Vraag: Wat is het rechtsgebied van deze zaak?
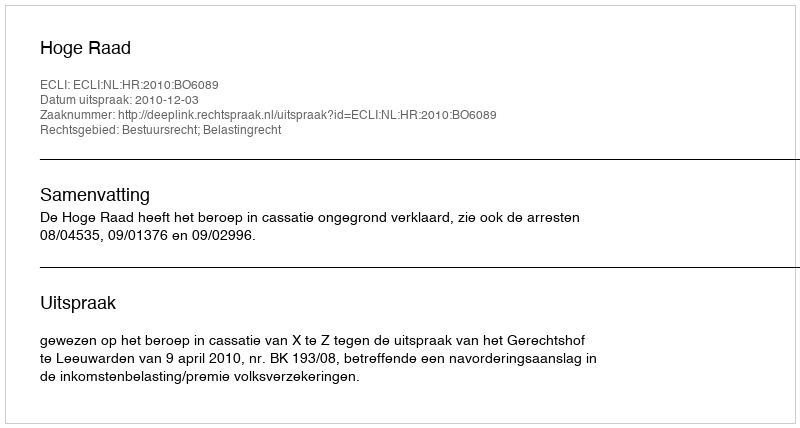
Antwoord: Bestuursrecht; Belastingrecht